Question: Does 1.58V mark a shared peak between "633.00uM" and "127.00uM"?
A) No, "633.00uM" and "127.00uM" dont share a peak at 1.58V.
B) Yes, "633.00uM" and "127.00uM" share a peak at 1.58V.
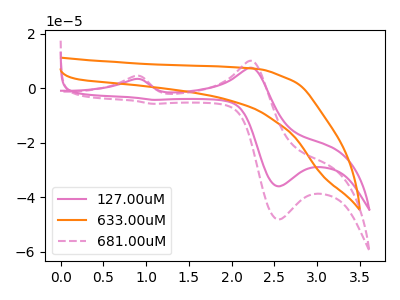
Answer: <think>The pink curve "127.00uM" has anodic peaks at (0.85V, 3.35uA) (2.25V, 7.50uA) and cathodic peaks at (2.55V, -35.95uA) (1.10V, -4.25uA). The orange curve "633.00uM" has no peaks. The pink dashed curve "681.00uM" has anodic peaks at (0.85V, 4.50uA) (2.25V, 10.05uA) and cathodic peaks at (2.55V, -48.10uA) (1.10V, -5.70uA).</think>
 <answer>A) No, "633.00uM" and "127.00uM" dont share a peak at 1.58V.</answer>
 <eval>A</eval>